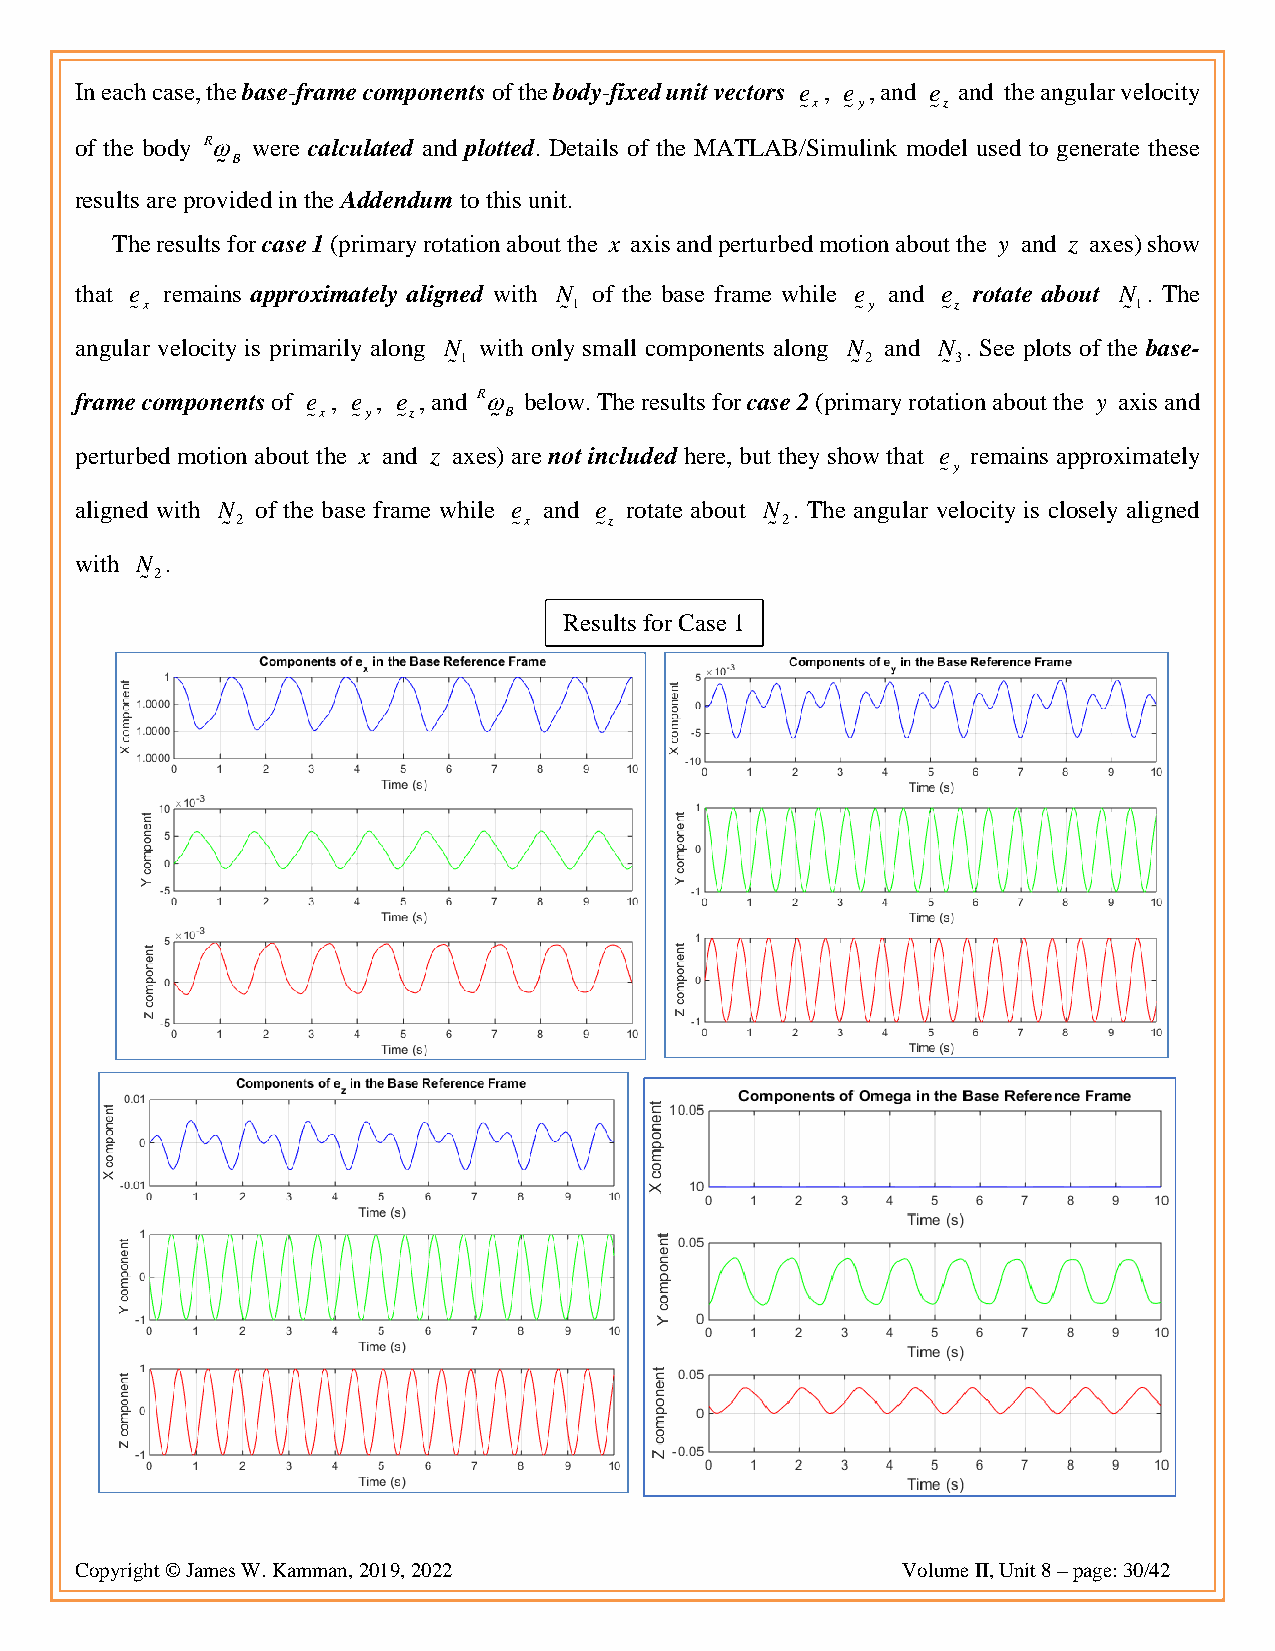
In each case, the base-frame components of the body-fixed unit vectors e , e , and e and the angular velocity
 x  y    z
 of the body R were calculated and plotted. Details of the MATLAB/Simulink model used to generate these
 B
 results are provided in the Addendum to this unit.
 The results for case 1 (primary rotation about the x axis and perturbed motion about the y and z axes) show
 that e remains approximately aligned with N of the base frame while e and e rotate about N . The
 x                            1                  y     z           1
 angular velocity is primarily along N with only small components along N and N . See plots of the base-
 1                          2     3
 frame components of e , e , e , and R below. The results for case 2 (primary rotation about the y axis and
 x  y  z     B
 perturbed motion about the x and z axes) are not included here, but they show that e remains approximately
 y
 aligned with N of the base frame while e and e rotate about N . The angular velocity is closely aligned
 2                  x    z           2
 with N .
 2
 Results for Case 1
 Copyright © James W. Kamman, 2019, 2022                Volume II, Unit 8 – page: 30/42